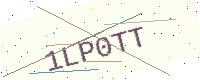
Text: 1LP0TT